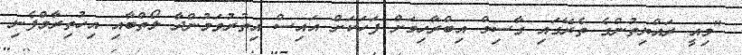
"މިއީ ރައްޔިތުންގެ ތެރޭގައި ގާސިމް އިބްރާހިމަށް ފަހަކަށް އައިސް އިތުރުވަމުންދާ ލޯތްބާއި އިހުތިރާމްފެނި